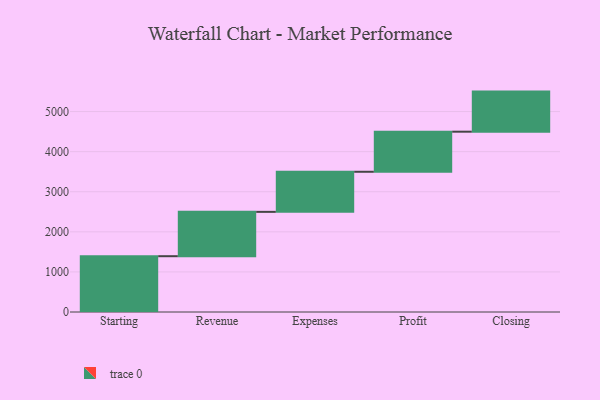
{"axis": {"x": "Step", "y": "Value"}, "legend": [""], "data": [{"x": "Starting", "y": 1392.0, "type": ""}, {"x": "Revenue", "y": 1106.0, "type": ""}, {"x": "Expenses", "y": 1000, "type": ""}, {"x": "Profit", "y": 1000, "type": ""}, {"x": "Closing", "y": 1000, "type": ""}]}